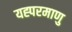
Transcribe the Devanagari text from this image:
यह्परमाणु